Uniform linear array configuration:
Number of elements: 12
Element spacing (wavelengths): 0.5
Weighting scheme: binomial
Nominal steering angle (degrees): -30
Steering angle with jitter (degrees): -30.105
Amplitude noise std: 0.05
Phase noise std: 0.05

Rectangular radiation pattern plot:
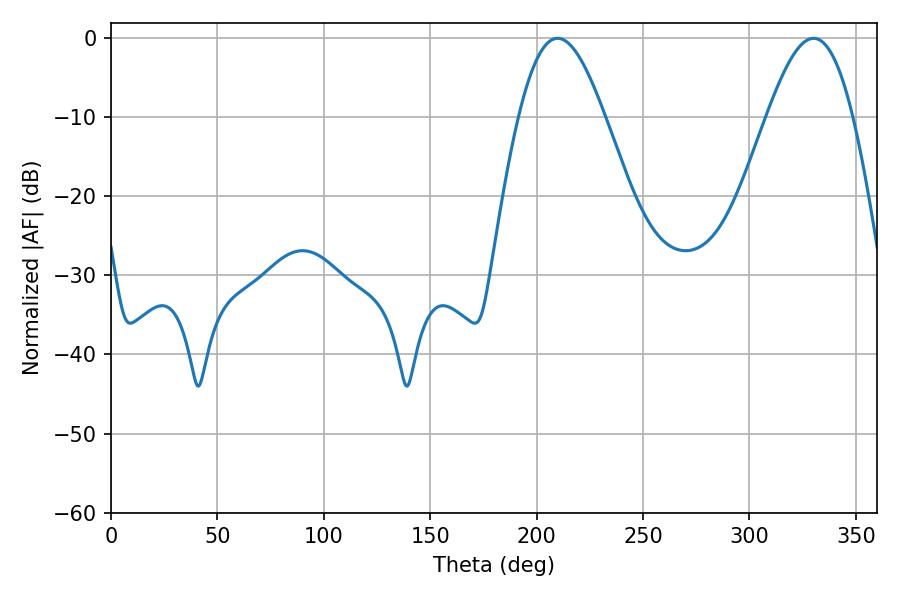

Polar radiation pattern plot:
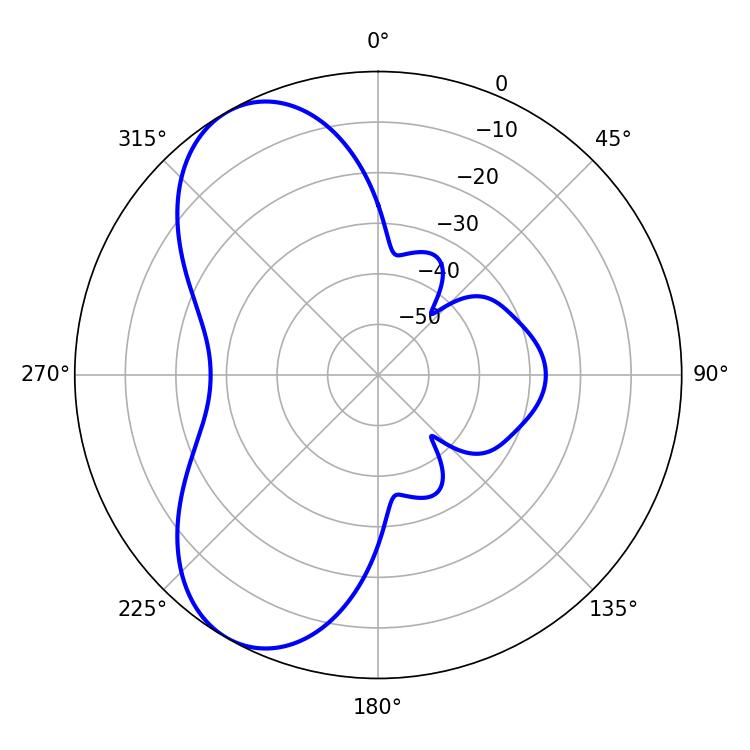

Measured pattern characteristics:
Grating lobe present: FALSE
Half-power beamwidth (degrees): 21.6
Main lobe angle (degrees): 209.88